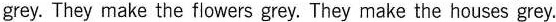
grey. They make the flcwers grey. They make the houses grey.